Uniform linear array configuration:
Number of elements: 8
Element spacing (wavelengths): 0.75
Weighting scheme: exponential
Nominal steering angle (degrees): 0
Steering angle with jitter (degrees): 1.505
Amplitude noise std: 0.05
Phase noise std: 0.05

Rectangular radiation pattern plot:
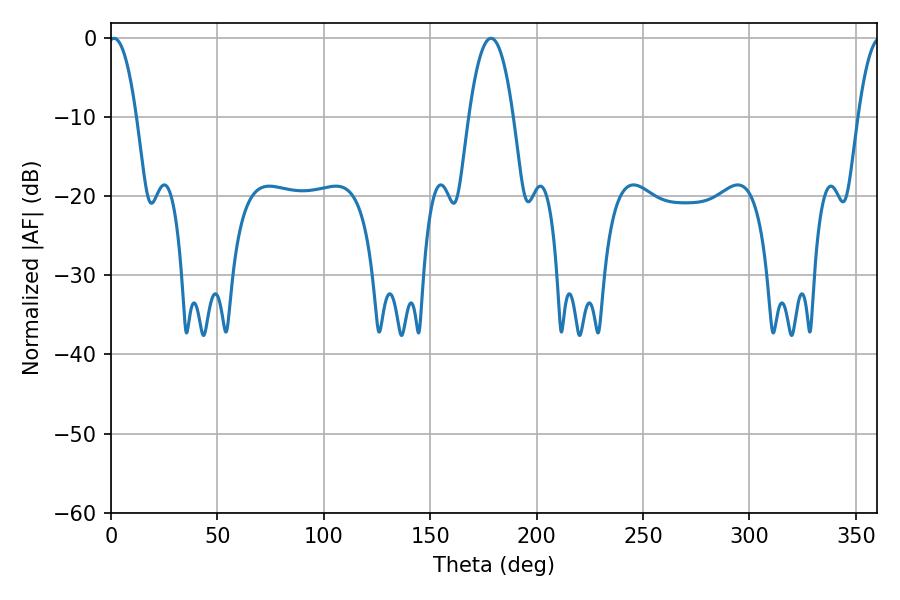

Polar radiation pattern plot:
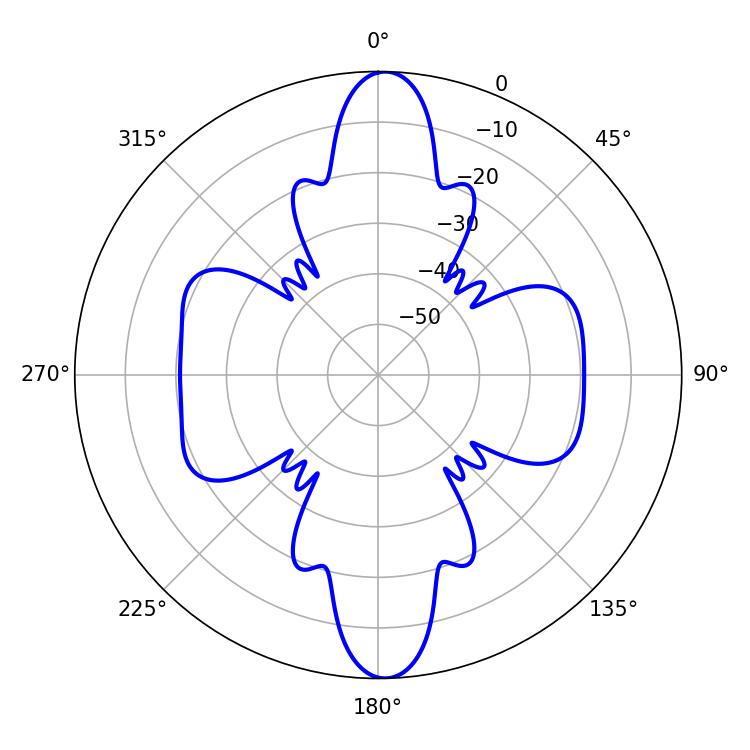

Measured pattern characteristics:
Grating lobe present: TRUE
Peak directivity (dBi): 22.66
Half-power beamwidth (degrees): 7.2
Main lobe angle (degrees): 1.44